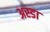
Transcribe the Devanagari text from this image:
अस्डा